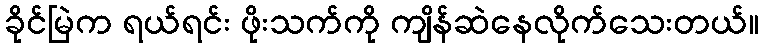
ခိုင်မြဲက ရယ်ရင်း ဖိုးသက်ကို ကျိန်ဆဲနေလိုက်သေးတယ်။